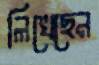
লিখেছেন